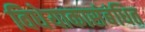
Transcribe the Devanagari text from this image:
विधेयाकासंबंधित